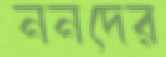
ননদের